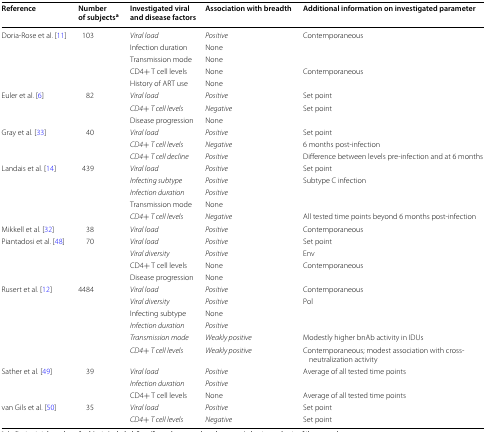
<table><thead><tr><td><b>Reference</b></td><td><b>Number of subjects<sup>a</sup></b></td><td><b>Investigated viral and disease factors</b></td><td><b>Association with breadth</b></td><td><b>Additional information on investigated parameter</b></td></tr></thead><tbody><tr><td rowspan="5">Doria-Rose et al. [11]</td><td rowspan="5">103</td><td><i>Viral load</i></td><td><i>Positive</i></td><td>Contemporaneous</td></tr><tr><td>Infection duration</td><td>None</td><td></td></tr><tr><td>Transmission mode</td><td>None</td><td></td></tr><tr><td>CD4+ T cell levels</td><td>None</td><td>Contemporaneous</td></tr><tr><td>History of ART use</td><td>None</td><td></td></tr><tr><td rowspan="3">Euler et al. [6]</td><td rowspan="3">82</td><td><i>Viral load</i></td><td><i>Positive</i></td><td>Set point</td></tr><tr><td><i>CD4+ T cell levels</i></td><td><i>Negative</i></td><td>Set point</td></tr><tr><td>Disease progression</td><td>None</td><td></td></tr><tr><td rowspan="3">Gray et al. [33]</td><td rowspan="3">40</td><td><i>Viral load</i></td><td><i>Positive</i></td><td>Set point</td></tr><tr><td><i>CD4+ T cell levels</i></td><td><i>Negative</i></td><td>6 months post-infection</td></tr><tr><td><i>CD4+ T cell decline</i></td><td><i>Positive</i></td><td>Difference between levels pre-infection and at 6 months</td></tr><tr><td rowspan="5">Landais et al. [14]</td><td rowspan="5">439</td><td><i>Viral load</i></td><td><i>Positive</i></td><td>Set point</td></tr><tr><td><i>Infecting subtype</i></td><td><i>Positive</i></td><td>Subtype C infection</td></tr><tr><td><i>Infection duration</i></td><td><i>Positive</i></td><td></td></tr><tr><td>Transmission mode</td><td>None</td><td></td></tr><tr><td><i>CD4+ T cell levels</i></td><td><i>Negative</i></td><td>All tested time points beyond 6 months post-infection</td></tr><tr><td>Mikkell et al. [32]</td><td>38</td><td><i>Viral load</i></td><td><i>Positive</i></td><td>Contemporaneous</td></tr><tr><td rowspan="4">Piantadosi et al. [48]</td><td rowspan="4">70</td><td><i>Viral load</i></td><td><i>Positive</i></td><td>Set point</td></tr><tr><td><i>Viral diversity</i></td><td><i>Positive</i></td><td>Env</td></tr><tr><td>CD4+ T cell levels</td><td>None</td><td>Contemporaneous</td></tr><tr><td>Disease progression</td><td>None</td><td></td></tr><tr><td rowspan="6">Rusert et al. [12]</td><td rowspan="6">4484</td><td><i>Viral load</i></td><td><i>Positive</i></td><td>Contemporaneous</td></tr><tr><td><i>Viral diversity</i></td><td><i>Positive</i></td><td>Pol</td></tr><tr><td>Infecting subtype</td><td>None</td><td></td></tr><tr><td><i>Infection duration</i></td><td><i>Positive</i></td><td></td></tr><tr><td><i>Transmission mode</i></td><td><i>Weakly positive</i></td><td>Modestly higher bnAb activity in IDUs</td></tr><tr><td><i>CD4+ T cell levels</i></td><td><i>Weakly positive</i></td><td>Contemporaneous; modest association with cross-neutralization activity</td></tr><tr><td rowspan="3">Sather et al. [49]</td><td rowspan="3">39</td><td><i>Viral load</i></td><td><i>Positive</i></td><td>Average of all tested time points</td></tr><tr><td><i>Infection duration</i></td><td><i>Positive</i></td><td></td></tr><tr><td>CD4+ T cell levels</td><td>None</td><td>Average of all tested time points</td></tr><tr><td rowspan="2">van Gils et al. [50]</td><td rowspan="2">35</td><td><i>Viral load</i></td><td><i>Positive</i></td><td>Set point</td></tr><tr><td><i>CD4+ T cell levels</i></td><td><i>Negative</i></td><td>Set point</td></tr></tbody></table>